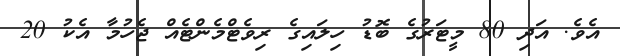
އެވެ. އަދި 80 މީޓަރުގެ ބޮޑު ހިލައިގެ ރިވެޓްމެންޓެއް ޖެހުމާ އެކު 20